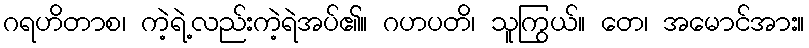
ဂရဟိတာစ၊ ကဲ့ရဲ့လည်းကဲ့ရဲအပ်၏။ ဂဟပတိ၊ သူကြွယ်။ တေ၊ အမောင်အား။